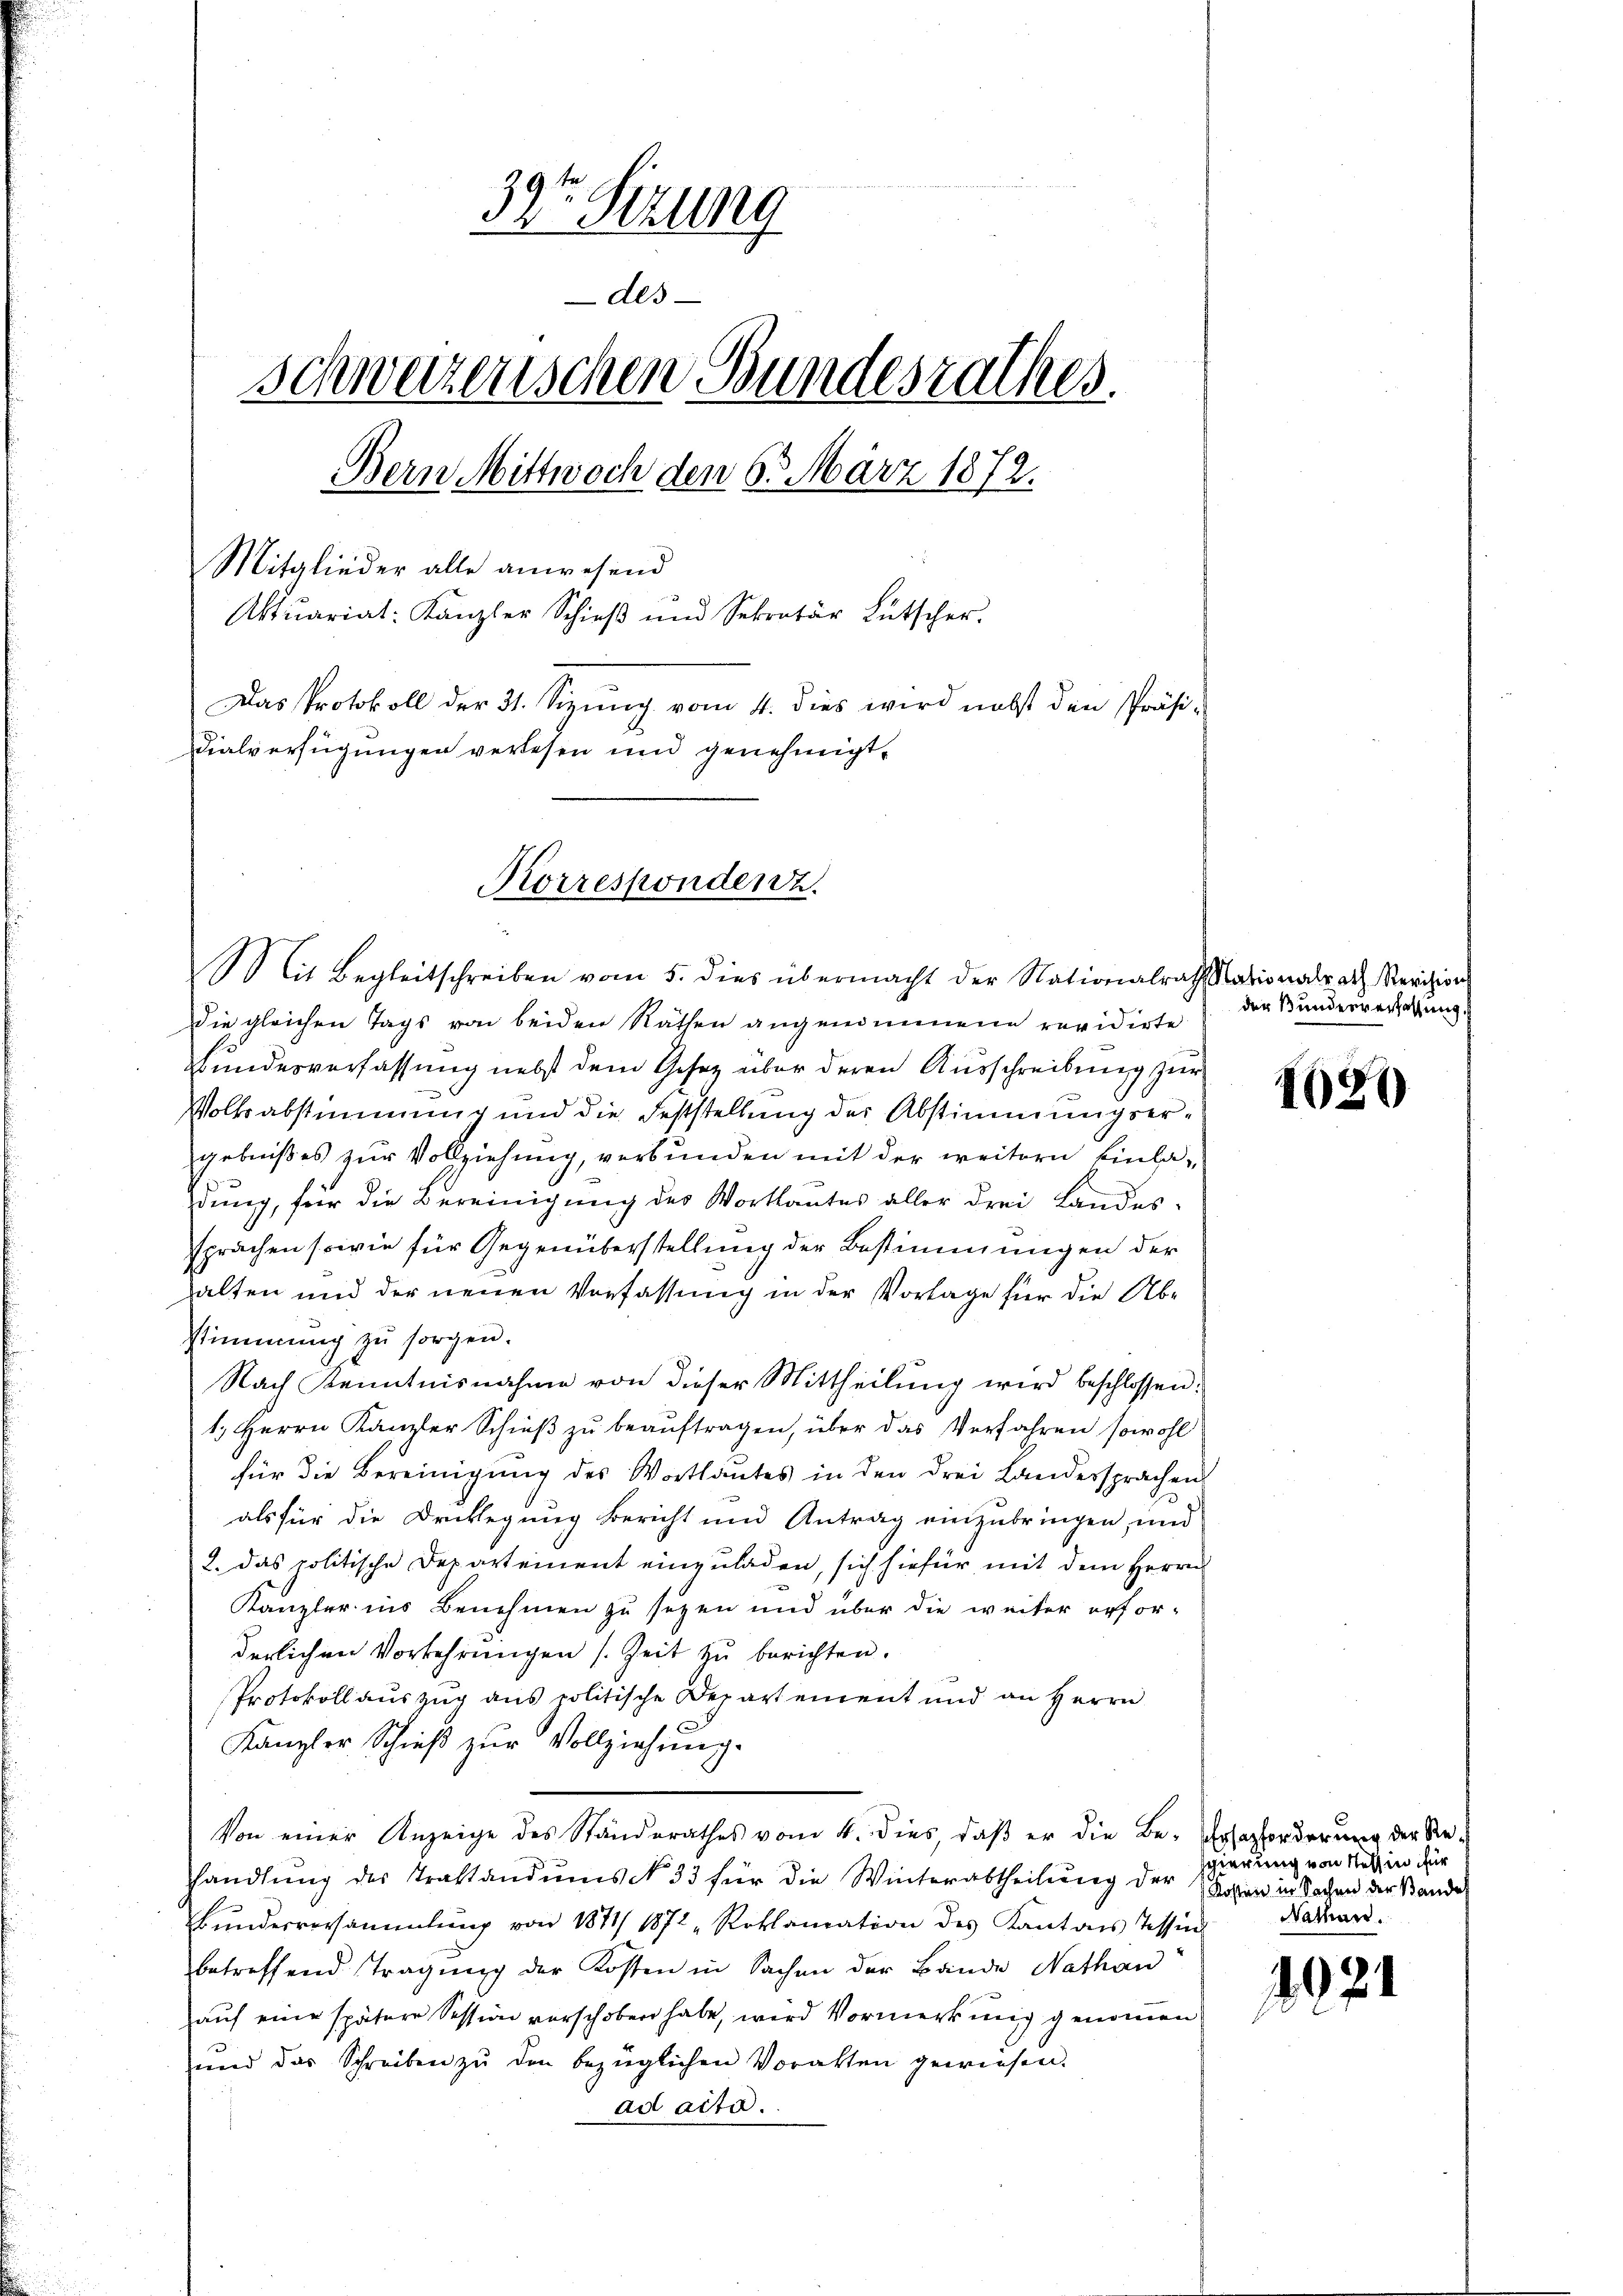
33te Sitzung
des
schweizerischen Bundesrathes.
Bern Mittwoch den 6. März 1872.
Mitglieder alle anwesend
Aktuariat. Kanzler Schieβ ŭnd Sekretär Bütscher.
Das Protokoll der 31. Sizung vom 4. dies wird nebst den Präsidialverfügungen verlesen und genehmigt.

Korrespondenz.

Mit Begleitschreiben vom 5. dies übermacht der Nationalrathssationalrath Revision
Die gleichen Tags von beiden Räthen angenommene revidirte
Bundesverfassung nebst dem Gesetz über deren Ausschreibung zur
Volksabstimmung und die Feststellung der Abstimmungsergebnißes zur Vollziehung, verbunden mit der weitern Einladung, für die Bereinigung des Wortlautes aller drei Landessprachen sowie für Gegenüberstellung der Bestimmungen der
halten und der neuen Vorfassung in der Vorlage für die Abstimmung zu sorgen.
Nach Kenntnisnahme von dieser Mittheilung wird beschlossen:
1. Herrn Kanzler Schieβ zŭ beaŭftragen, über das Verfahren sowohl
für die Bereinigung des Wortlautes in den drei Landersprachen
als für die Decklegung Bericht und Antrag einzubringen, und
2. das politische Departement einzuladen, sich hiefür mit dem Herrn
Kanzler ins Benehmen zu sezen und über die weiter erfor-
derlichen Vorkehrungen (Zeit zŭ berichten.
Protokoll auszug aus politische Departement und an Herrn
Kanzler Schieβ zŭr Vollziehung.
Von einer Anzeige des Standerathes vom 4. dies, daß er die Be- Ersazforderung der Rehhandlŭng des Traktandums No 33 für die Winterabtheilung der Kosen in Sachen der Bandes
Bunderversammlung von 1871/ 1872 Roklamation des Kantons Tessin
betreffend Tragung der Kosten in Sachen der Bände Nathan
auf eine spätere Session verschoben habe, wird Vormerkung genommen
und das Schreiben zu den bezüglichen Vorakten gewiesen.
ad acta.

der Bundesverfassung

1020

sgierung von Stellin für
Nathan.

1

.

s